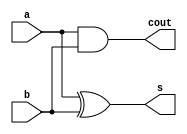
module half_adder(a, b, s, cout);

input a, b;
output s, cout;

xor xor1(s, a, b);
and and1(cout, a, b);

endmodule